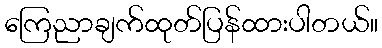
ကြေညာချက်ထုတ်ပြန်ထားပါတယ်။